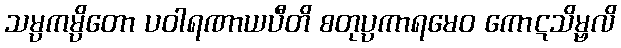
သမ္ပကမ္ပိတော ပဝါရဏာယပီတိ စတုပ္ပကာရမေဝ ကောဋသိမ္ဗလိ